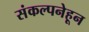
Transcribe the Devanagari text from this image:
संकल्पनेहून